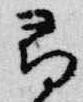
尋